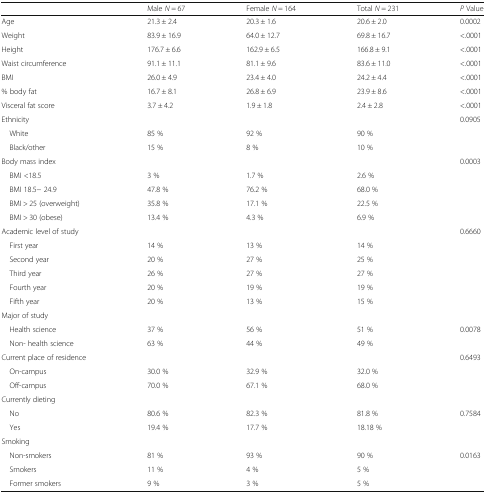
<table><thead><tr><td></td><td><b>Male <i>N</i> = 67</b></td><td><b>Female <i>N</i> = 164</b></td><td><b>Total <i>N</i> = 231</b></td><td><b><i>P</i> Value</b></td></tr></thead><tbody><tr><td>Age</td><td>21.3 ± 2.4</td><td>20.3 ± 1.6</td><td>20.6 ± 2.0</td><td>0.0002</td></tr><tr><td>Weight</td><td>83.9 ± 16.9</td><td>64.0 ± 12.7</td><td>69.8 ± 16.7</td><td>&lt;.0001</td></tr><tr><td>Height</td><td>176.7 ± 6.6</td><td>162.9 ± 6.5</td><td>166.8 ± 9.1</td><td>&lt;.0001</td></tr><tr><td>Waist circumference</td><td>91.1 ± 11.1</td><td>81.1 ± 9.6</td><td>83.6 ± 11.0</td><td>&lt;.0001</td></tr><tr><td>BMI</td><td>26.0 ± 4.9</td><td>23.4 ± 4.0</td><td>24.2 ± 4.4</td><td>&lt;.0001</td></tr><tr><td>% body fat</td><td>16.7 ± 8.1</td><td>26.8 ± 6.9</td><td>23.9 ± 8.6</td><td>&lt;.0001</td></tr><tr><td>Visceral fat score</td><td>3.7 ± 4.2</td><td>1.9 ± 1.8</td><td>2.4 ± 2.8</td><td>&lt;.0001</td></tr><tr><td>Ethnicity</td><td></td><td></td><td></td><td>0.0905</td></tr><tr><td> White</td><td>85 %</td><td>92 %</td><td>90 %</td><td></td></tr><tr><td> Black/other</td><td>15 %</td><td>8 %</td><td>10 %</td><td></td></tr><tr><td>Body mass index</td><td></td><td></td><td></td><td>0.0003</td></tr><tr><td> BMI &lt;18.5</td><td>3 %</td><td>1.7 %</td><td>2.6 %</td><td></td></tr><tr><td> BMI 18.5− 24.9</td><td>47.8 %</td><td>76.2 %</td><td>68.0 %</td><td></td></tr><tr><td> BMI &gt; 25 (overweight)</td><td>35.8 %</td><td>17.1 %</td><td>22.5 %</td><td></td></tr><tr><td> BMI &gt; 30 (obese)</td><td>13.4 %</td><td>4.3 %</td><td>6.9 %</td><td></td></tr><tr><td>Academic level of study</td><td></td><td></td><td></td><td>0.6660</td></tr><tr><td> First year</td><td>14 %</td><td>13 %</td><td>14 %</td><td></td></tr><tr><td> Second year</td><td>20 %</td><td>27 %</td><td>25 %</td><td></td></tr><tr><td> Third year</td><td>26 %</td><td>27 %</td><td>27 %</td><td></td></tr><tr><td> Fourth year</td><td>20 %</td><td>19 %</td><td>19 %</td><td></td></tr><tr><td> Fifth year</td><td>20 %</td><td>13 %</td><td>15 %</td><td></td></tr><tr><td colspan="5">Major of study</td></tr><tr><td> Health science</td><td>37 %</td><td>56 %</td><td>51 %</td><td>0.0078</td></tr><tr><td> Non- health science</td><td>63 %</td><td>44 %</td><td>49 %</td><td></td></tr><tr><td>Current place of residence</td><td></td><td></td><td></td><td>0.6493</td></tr><tr><td> On-campus</td><td>30.0 %</td><td>32.9 %</td><td>32.0 %</td><td></td></tr><tr><td> Off-campus</td><td>70.0 %</td><td>67.1 %</td><td>68.0 %</td><td></td></tr><tr><td colspan="5">Currently dieting</td></tr><tr><td> No</td><td>80.6 %</td><td>82.3 %</td><td>81.8 %</td><td>0.7584</td></tr><tr><td> Yes</td><td>19.4 %</td><td>17.7 %</td><td>18.18 %</td><td></td></tr><tr><td colspan="5">Smoking</td></tr><tr><td> Non-smokers</td><td>81 %</td><td>93 %</td><td>90 %</td><td>0.0163</td></tr><tr><td> Smokers</td><td>11 %</td><td>4 %</td><td>5 %</td><td></td></tr><tr><td> Former smokers</td><td>9 %</td><td>3 %</td><td>5 %</td><td></td></tr></tbody></table>